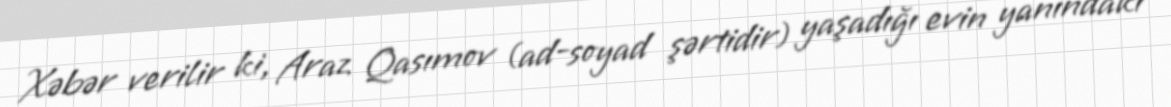
Xəbər verilir ki, Araz Qasımov (ad-soyad şərtidir) yaşadığı evin yanındakı